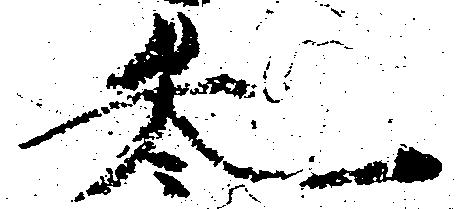
参